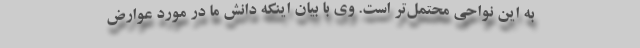
به این نواحی محتمل‌تر است. وی با بیان اینکه دانش ما در مورد عوارض